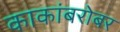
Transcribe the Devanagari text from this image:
काकांबरोबर